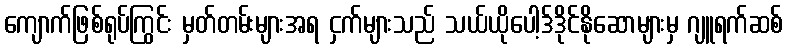
ကျောက်ဖြစ်ရုပ်ကြွင်း မှတ်တမ်းများအရ ငှက်များသည် သယ်ယိုပေါ့ဒ်ဒိုင်နိုဆောများမှ ဂျူရက်ဆစ်